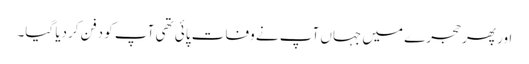
اور پھر حجرے میں جہاں آپ نے وفات پائی تھی آپ کو دفن کردیا گیا۔